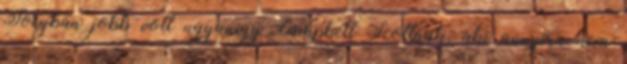
Joeyban jobb volt ugyanígy Campbell Scottnak, aki annyira nem